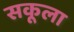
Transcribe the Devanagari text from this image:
सकूला